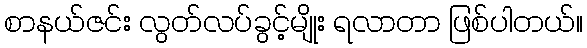
စာနယ်ဇင်း လွတ်လပ်ခွင့်မျိုး ရလာတာ ဖြစ်ပါတယ်။